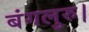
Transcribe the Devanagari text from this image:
बंगलुरु।